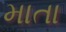
માતા